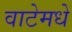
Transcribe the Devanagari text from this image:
वाटेमधे